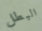
البطل